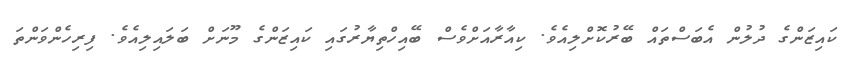
ކައިޒަންގެ ދުލުން އެބަސްތައް ބޭރުކޮށްލިއެވެ. ކިއާރާއަށްވެސް ބޭއިހްތިޔާރުގައި ކައިޒަންގެ މޫނަށް ބަލައިލިއެވެ. ފިރިހެންވަންތަ